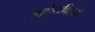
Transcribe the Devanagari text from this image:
साकेतविहारी